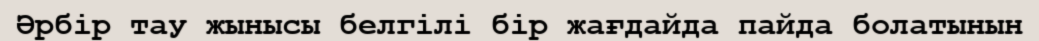
Әрбір тау жынысы белгілі бір жағдайда пайда болатынын